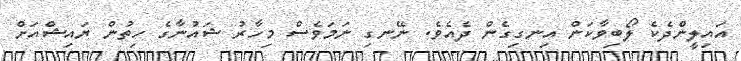
އައިލީންދެކެ ލޯބިވާކަން އިނގިގެން ދެއެވެ. ނޭނގި ނަމަވެސް މިހާރު ޝައުނާގެ ހިތުން ޔައިޝްއަށް